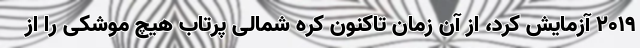
۲۰۱۹ آزمایش کرد، از آن زمان تاکنون کره شمالی پرتاب هیچ موشکی را از